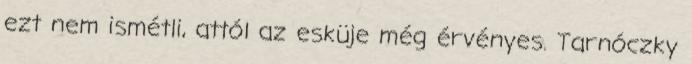
ezt nem ismétli, attól az esküje még érvényes. Tarnóczky